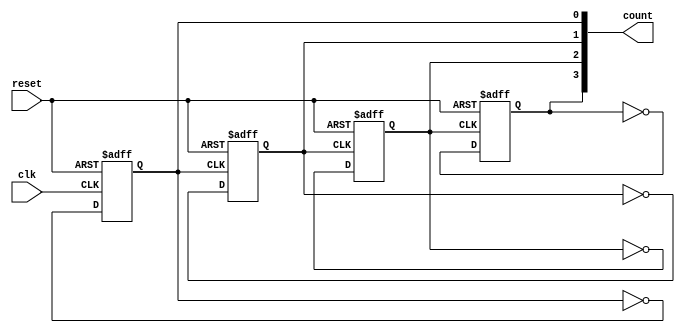
module async_ripple_counter (
    input wire clk,        // Clock input
    input wire reset,      // Asynchronous reset input
    output reg [N-1:0] count // N-bit counter output
);
    parameter N = 4; // Define the number of bits in the counter (4-bit counter)

    // Always block for the first flip-flop (LSB)
    always @(posedge clk or posedge reset) begin
        if (reset) begin
            count[0] <= 1'b0; // Reset LSB to 0
        end else begin
            count[0] <= ~count[0]; // Toggle LSB
        end
    end

    // Always block for the remaining flip-flops
    genvar i;
    generate
        for (i = 1; i < N; i = i + 1) begin : ripple_ff
            always @(negedge count[i-1] or posedge reset) begin
                if (reset) begin
                    count[i] <= 1'b0; // Reset the flip-flop to 0
                end else begin
                    count[i] <= ~count[i]; // Toggle the flip-flop
                end
            end
        end
    endgenerate
endmodule